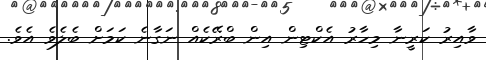
ވާއިރު ކަރީނާ މިހާރު އެކްޓިން އިން ބްރޭކެއް ނަގާނެ ކަމަށް ބެލެވެ އެވެ.